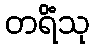
တရိံသု